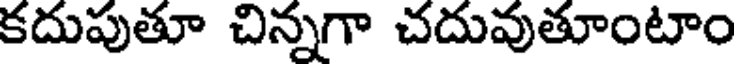
కదుపుతూ చిన్నగా చదువుతూంటాం